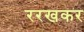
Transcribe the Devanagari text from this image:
ररखकर